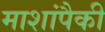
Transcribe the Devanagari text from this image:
माशांपैकी